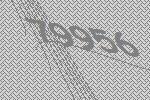
79956